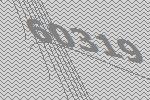
60319